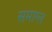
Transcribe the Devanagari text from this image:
समाग्ल